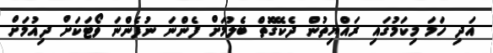
އަދި ހަމަ މިކަމުގައި ރައްޔިތުން ދެކޭގޮތް ބެލުމަށް ފެންނަ ނުފެންނަ ވޯޓަކަށް ދިއުމަށް